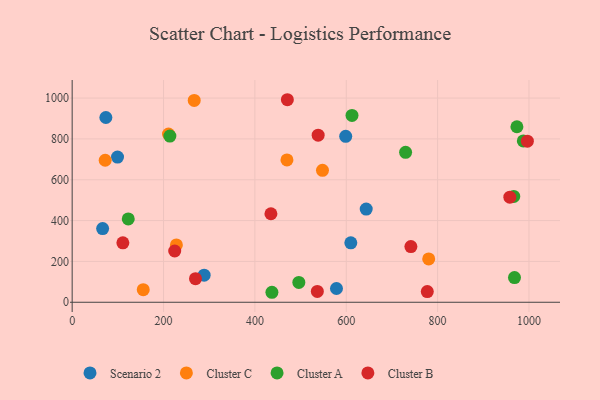
{"axis": {"x": "Distance", "y": "Demand"}, "legend": ["Cluster A", "Cluster B", "Cluster C", "Scenario 2"], "data": [{"x": "73.8", "y": 904.8, "type": "Scenario 2"}, {"x": "643.7", "y": 456.5, "type": "Scenario 2"}, {"x": "598.8", "y": 812.5, "type": "Scenario 2"}, {"x": "99.3", "y": 711.0, "type": "Scenario 2"}, {"x": "288.9", "y": 132.5, "type": "Scenario 2"}, {"x": "578.6", "y": 67.4, "type": "Scenario 2"}, {"x": "66.7", "y": 360.9, "type": "Scenario 2"}, {"x": "610.0", "y": 291.1, "type": "Scenario 2"}, {"x": "155.6", "y": 61.8, "type": "Cluster C"}, {"x": "780.5", "y": 212.2, "type": "Cluster C"}, {"x": "72.3", "y": 695.4, "type": "Cluster C"}, {"x": "228.2", "y": 280.6, "type": "Cluster C"}, {"x": "548.0", "y": 645.9, "type": "Cluster C"}, {"x": "267.2", "y": 988.3, "type": "Cluster C"}, {"x": "470.2", "y": 697.1, "type": "Cluster C"}, {"x": "210.9", "y": 823.5, "type": "Cluster C"}, {"x": "612.6", "y": 915.1, "type": "Cluster A"}, {"x": "437.3", "y": 48.9, "type": "Cluster A"}, {"x": "496.2", "y": 97.0, "type": "Cluster A"}, {"x": "213.9", "y": 814.1, "type": "Cluster A"}, {"x": "122.8", "y": 408.0, "type": "Cluster A"}, {"x": "729.9", "y": 734.1, "type": "Cluster A"}, {"x": "973.6", "y": 859.5, "type": "Cluster A"}, {"x": "987.6", "y": 790.1, "type": "Cluster A"}, {"x": "966.7", "y": 518.1, "type": "Cluster A"}, {"x": "968.3", "y": 121.0, "type": "Cluster A"}, {"x": "435.1", "y": 433.5, "type": "Cluster B"}, {"x": "224.5", "y": 251.1, "type": "Cluster B"}, {"x": "996.5", "y": 789.1, "type": "Cluster B"}, {"x": "777.4", "y": 52.4, "type": "Cluster B"}, {"x": "270.0", "y": 115.7, "type": "Cluster B"}, {"x": "536.7", "y": 53.3, "type": "Cluster B"}, {"x": "958.1", "y": 514.8, "type": "Cluster B"}, {"x": "538.5", "y": 818.4, "type": "Cluster B"}, {"x": "111.0", "y": 291.1, "type": "Cluster B"}, {"x": "741.5", "y": 272.8, "type": "Cluster B"}, {"x": "471.1", "y": 991.9, "type": "Cluster B"}]}